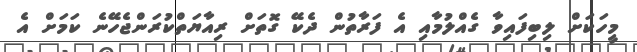
މީހަކަށް ލިބިފައިވާ ގެއްލުމާއި އެ ފަރާތުން ދެކޭ ގޮތަށް ރިއާޔަތްކުރަންޖެހޭނެ ކަމަށް އެ